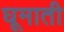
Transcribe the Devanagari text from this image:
घूमाती